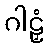
ဂါဠှံ